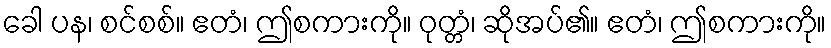
ခေါ ပန၊ စင်စစ်။ ဧတံ၊ ဤစကားကို။ ဝုတ္တံ၊ ဆိုအပ်၏။ ဧတံ၊ ဤစကားကို။